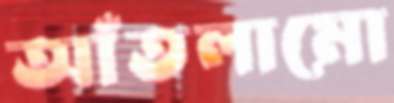
আঁতলামো